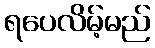
ရပေလိမ့်မည်